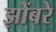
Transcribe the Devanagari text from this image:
झोंबरे